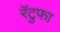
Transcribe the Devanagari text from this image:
रॅटुफा